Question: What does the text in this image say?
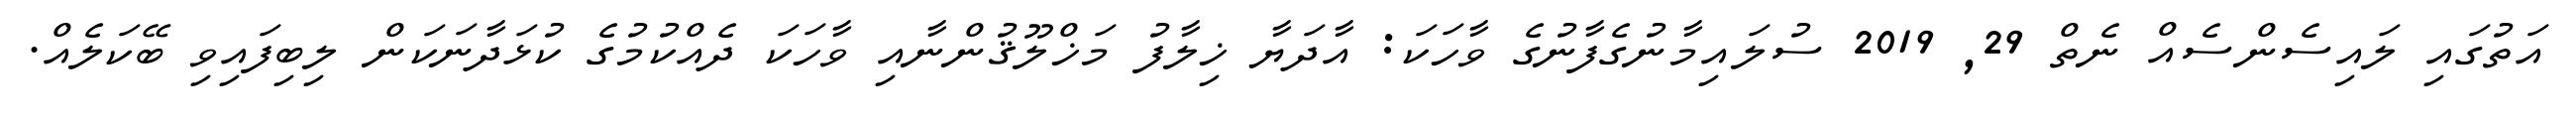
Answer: އަތުގައި ލައިސެންސެއް ނެތް 29, 2019 ސުލައިމާނުގެފާނުގެ ވާހަކަ: އާދަޔާ ޚިލާފު މަޚްލޫޤުންނާއި ވާހަކަ ދެއްކުމުގެ ކުޅަދާނަކަން ލިބިފައިވި ބޭކަލެއް.